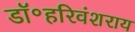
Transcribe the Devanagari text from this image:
डॉ॰हरिवंशराय